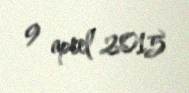
9 aprel 2015